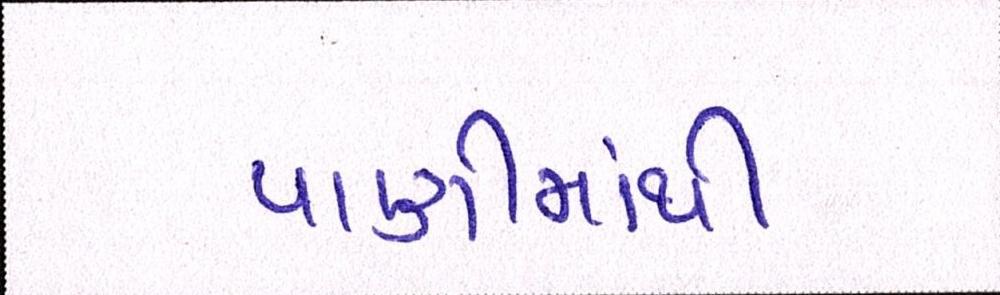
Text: પાણીમાંથી